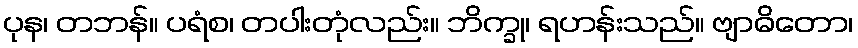
ပုန၊ တဘန်။ ပရံစ၊ တပါးတုံလည်း။ ဘိက္ခု၊ ရဟန်းသည်။ ဗျာဓိတော၊